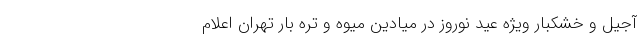
آجیل و خشکبار ویژه عید نوروز در میادین میوه و تره بار تهران اعلام